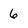
Character: 6